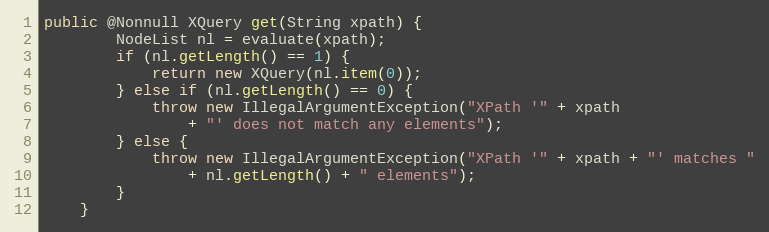
Language: Java
public @Nonnull XQuery get(String xpath) {
        NodeList nl = evaluate(xpath);
        if (nl.getLength() == 1) {
            return new XQuery(nl.item(0));
        } else if (nl.getLength() == 0) {
            throw new IllegalArgumentException("XPath '" + xpath
                + "' does not match any elements");
        } else {
            throw new IllegalArgumentException("XPath '" + xpath + "' matches "
                + nl.getLength() + " elements");
        }
    }